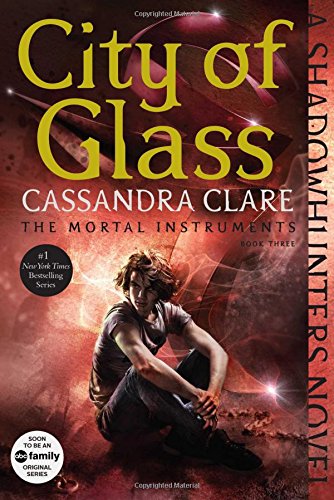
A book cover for City of Glass (The Mortal Instruments); Cassandra Clare; Teen & Young Adult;